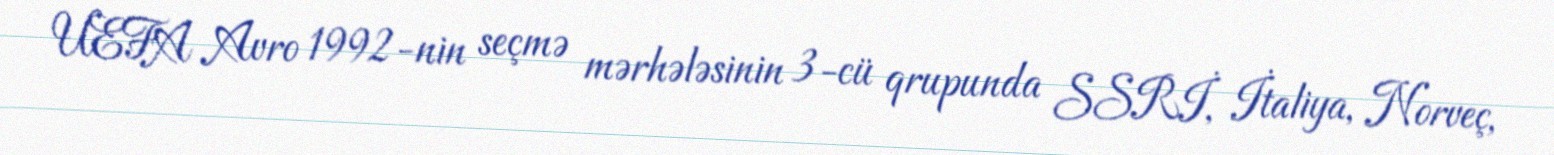
UEFA Avro 1992-nin seçmə mərhələsinin 3-cü qrupunda SSRİ, İtaliya, Norveç,